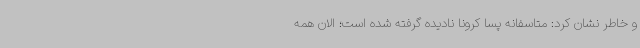
و خاطر نشان کرد: متاسفانه پسا کرونا نادیده گرفته شده است؛ الان همه